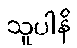
သူပါနိ